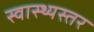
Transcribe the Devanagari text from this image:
स्वास्थ्यस्तर